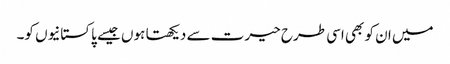
میں ان کو بھی اسی طرح حیرت سے دیکھتا ہوں جیسے پاکستانیوں کو۔